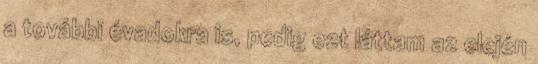
a további évadokra is, pedig ezt láttam az elején